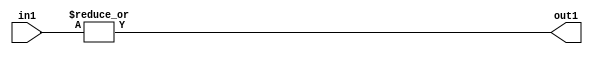
`timescale 1ps / 1ps
/*****************************************************************************
    Verilog RTL Description
    
    
    Created by: Stratus DpOpt 2019.1.01 
*******************************************************************************/

module in_buff_OrReduction_3U_1U_4_1 (
	in1,
	out1
	); /* architecture "behavioural" */ 
input [2:0] in1;
output  out1;
wire  asc001;

assign asc001 = 
	(|in1);

assign out1 = asc001;
endmodule

/* CADENCE  urXyTws= : u9/ySgnWtBlWxVPRXgAZ4Og= ** DO NOT EDIT THIS LINE ******/